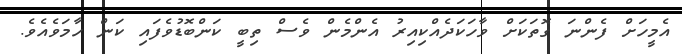
އެމީހަށް ފެންނަ ގޮތަކަށް ވާހަކަދެއްކިއިރު އެންމެން ވެސް ތިބީ ކަންބޮޑުވެފައި ކަން ހާމަވެއެވެ.